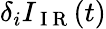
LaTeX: \delta_{i}I_{\mathrm{~I~R~}}(t)